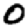
Digit: 0